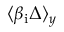
\langle \beta _ { \mathrm { i } } \Delta \rangle _ { y }